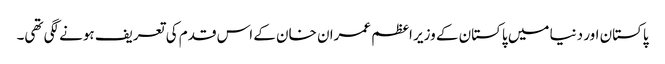
پاکستان اور دنیا میں پاکستان کے وزیر اعظم عمران خان کے اس قدم کی تعریف ہونے لگی تھی۔